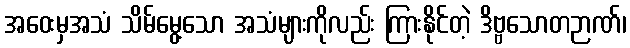
အဝေးမှအသံ သိမ်မွေ့သော အသံများကိုလည်း ကြားနိုင်တဲ့ ဒိဗ္ဗသောတဉာဏ်၊